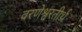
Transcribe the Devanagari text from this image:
वरणेश्वरतीर्थ